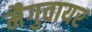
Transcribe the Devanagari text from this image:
मैगुवायर